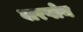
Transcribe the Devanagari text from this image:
वारप्लेन